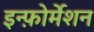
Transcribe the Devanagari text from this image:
इन्फ़ोर्मेशन